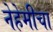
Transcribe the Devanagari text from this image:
नेहेमीचा